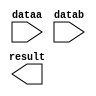
// megafunction wizard: %LPM_MULT%VBB%
// GENERATION: STANDARD
// VERSION: WM1.0
// MODULE: lpm_mult 

// ============================================================
// Megafunction Name(s):
// 			lpm_mult
//
// Simulation Library Files(s):
// 			lpm
// ============================================================
// ************************************************************
// THIS IS A WIZARD-GENERATED FILE. DO NOT EDIT THIS FILE!
//
// 9.0 Build 132 02/25/2009 SJ Full Version
// ************************************************************

//Copyright (C) 1991-2009 Altera Corporation
//Your use of Altera Corporation's design tools, logic functions 
//and other software and tools, and its AMPP partner logic 
//functions, and any output files from any of the foregoing 
//(including device programming or simulation files), and any 
//associated documentation or information are expressly subject 
//to the terms and conditions of the Altera Program License 
//Subscription Agreement, Altera MegaCore Function License 
//Agreement, or other applicable license agreement, including, 
//without limitation, that your use is for the sole purpose of 
//programming logic devices manufactured by Altera and sold by 
//Altera or its authorized distributors.  Please refer to the 
//applicable agreement for further details.

module mult8x8 (
	dataa,
	datab,
	result);

	input	[7:0]  dataa;
	input	[7:0]  datab;
	output	[15:0]  result;

endmodule

// ============================================================
// CNX file retrieval info
// ============================================================
// Retrieval info: PRIVATE: AutoSizeResult NUMERIC "1"
// Retrieval info: PRIVATE: B_isConstant NUMERIC "0"
// Retrieval info: PRIVATE: ConstantB NUMERIC "0"
// Retrieval info: PRIVATE: INTENDED_DEVICE_FAMILY STRING "Cyclone"
// Retrieval info: PRIVATE: LPM_PIPELINE NUMERIC "1"
// Retrieval info: PRIVATE: Latency NUMERIC "0"
// Retrieval info: PRIVATE: SYNTH_WRAPPER_GEN_POSTFIX STRING "0"
// Retrieval info: PRIVATE: SignedMult NUMERIC "0"
// Retrieval info: PRIVATE: USE_MULT NUMERIC "1"
// Retrieval info: PRIVATE: ValidConstant NUMERIC "0"
// Retrieval info: PRIVATE: WidthA NUMERIC "8"
// Retrieval info: PRIVATE: WidthB NUMERIC "8"
// Retrieval info: PRIVATE: WidthP NUMERIC "16"
// Retrieval info: PRIVATE: aclr NUMERIC "0"
// Retrieval info: PRIVATE: clken NUMERIC "0"
// Retrieval info: PRIVATE: optimize NUMERIC "0"
// Retrieval info: CONSTANT: LPM_HINT STRING "MAXIMIZE_SPEED=5"
// Retrieval info: CONSTANT: LPM_REPRESENTATION STRING "UNSIGNED"
// Retrieval info: CONSTANT: LPM_TYPE STRING "LPM_MULT"
// Retrieval info: CONSTANT: LPM_WIDTHA NUMERIC "8"
// Retrieval info: CONSTANT: LPM_WIDTHB NUMERIC "8"
// Retrieval info: CONSTANT: LPM_WIDTHP NUMERIC "16"
// Retrieval info: USED_PORT: dataa 0 0 8 0 INPUT NODEFVAL dataa[7..0]
// Retrieval info: USED_PORT: datab 0 0 8 0 INPUT NODEFVAL datab[7..0]
// Retrieval info: USED_PORT: result 0 0 16 0 OUTPUT NODEFVAL result[15..0]
// Retrieval info: CONNECT: @dataa 0 0 8 0 dataa 0 0 8 0
// Retrieval info: CONNECT: result 0 0 16 0 @result 0 0 16 0
// Retrieval info: CONNECT: @datab 0 0 8 0 datab 0 0 8 0
// Retrieval info: LIBRARY: lpm lpm.lpm_components.all
// Retrieval info: GEN_FILE: TYPE_NORMAL mult8x8.v TRUE
// Retrieval info: GEN_FILE: TYPE_NORMAL mult8x8.inc TRUE
// Retrieval info: GEN_FILE: TYPE_NORMAL mult8x8.cmp FALSE
// Retrieval info: GEN_FILE: TYPE_NORMAL mult8x8.bsf TRUE FALSE
// Retrieval info: GEN_FILE: TYPE_NORMAL mult8x8_inst.v TRUE
// Retrieval info: GEN_FILE: TYPE_NORMAL mult8x8_bb.v TRUE
// Retrieval info: GEN_FILE: TYPE_NORMAL mult8x8_waveforms.html TRUE
// Retrieval info: GEN_FILE: TYPE_NORMAL mult8x8_wave*.jpg FALSE
// Retrieval info: LIB_FILE: lpm